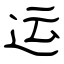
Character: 运